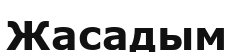
Жасадым